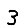
Digit: 3